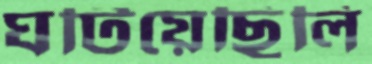
ঘটিয়েছিলি